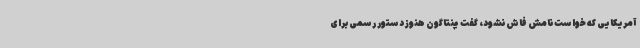
آمریکایی که خواست نامش فاش نشود، گفت پنتاگون هنوز دستور رسمی برای